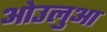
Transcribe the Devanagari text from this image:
ओउलुआ